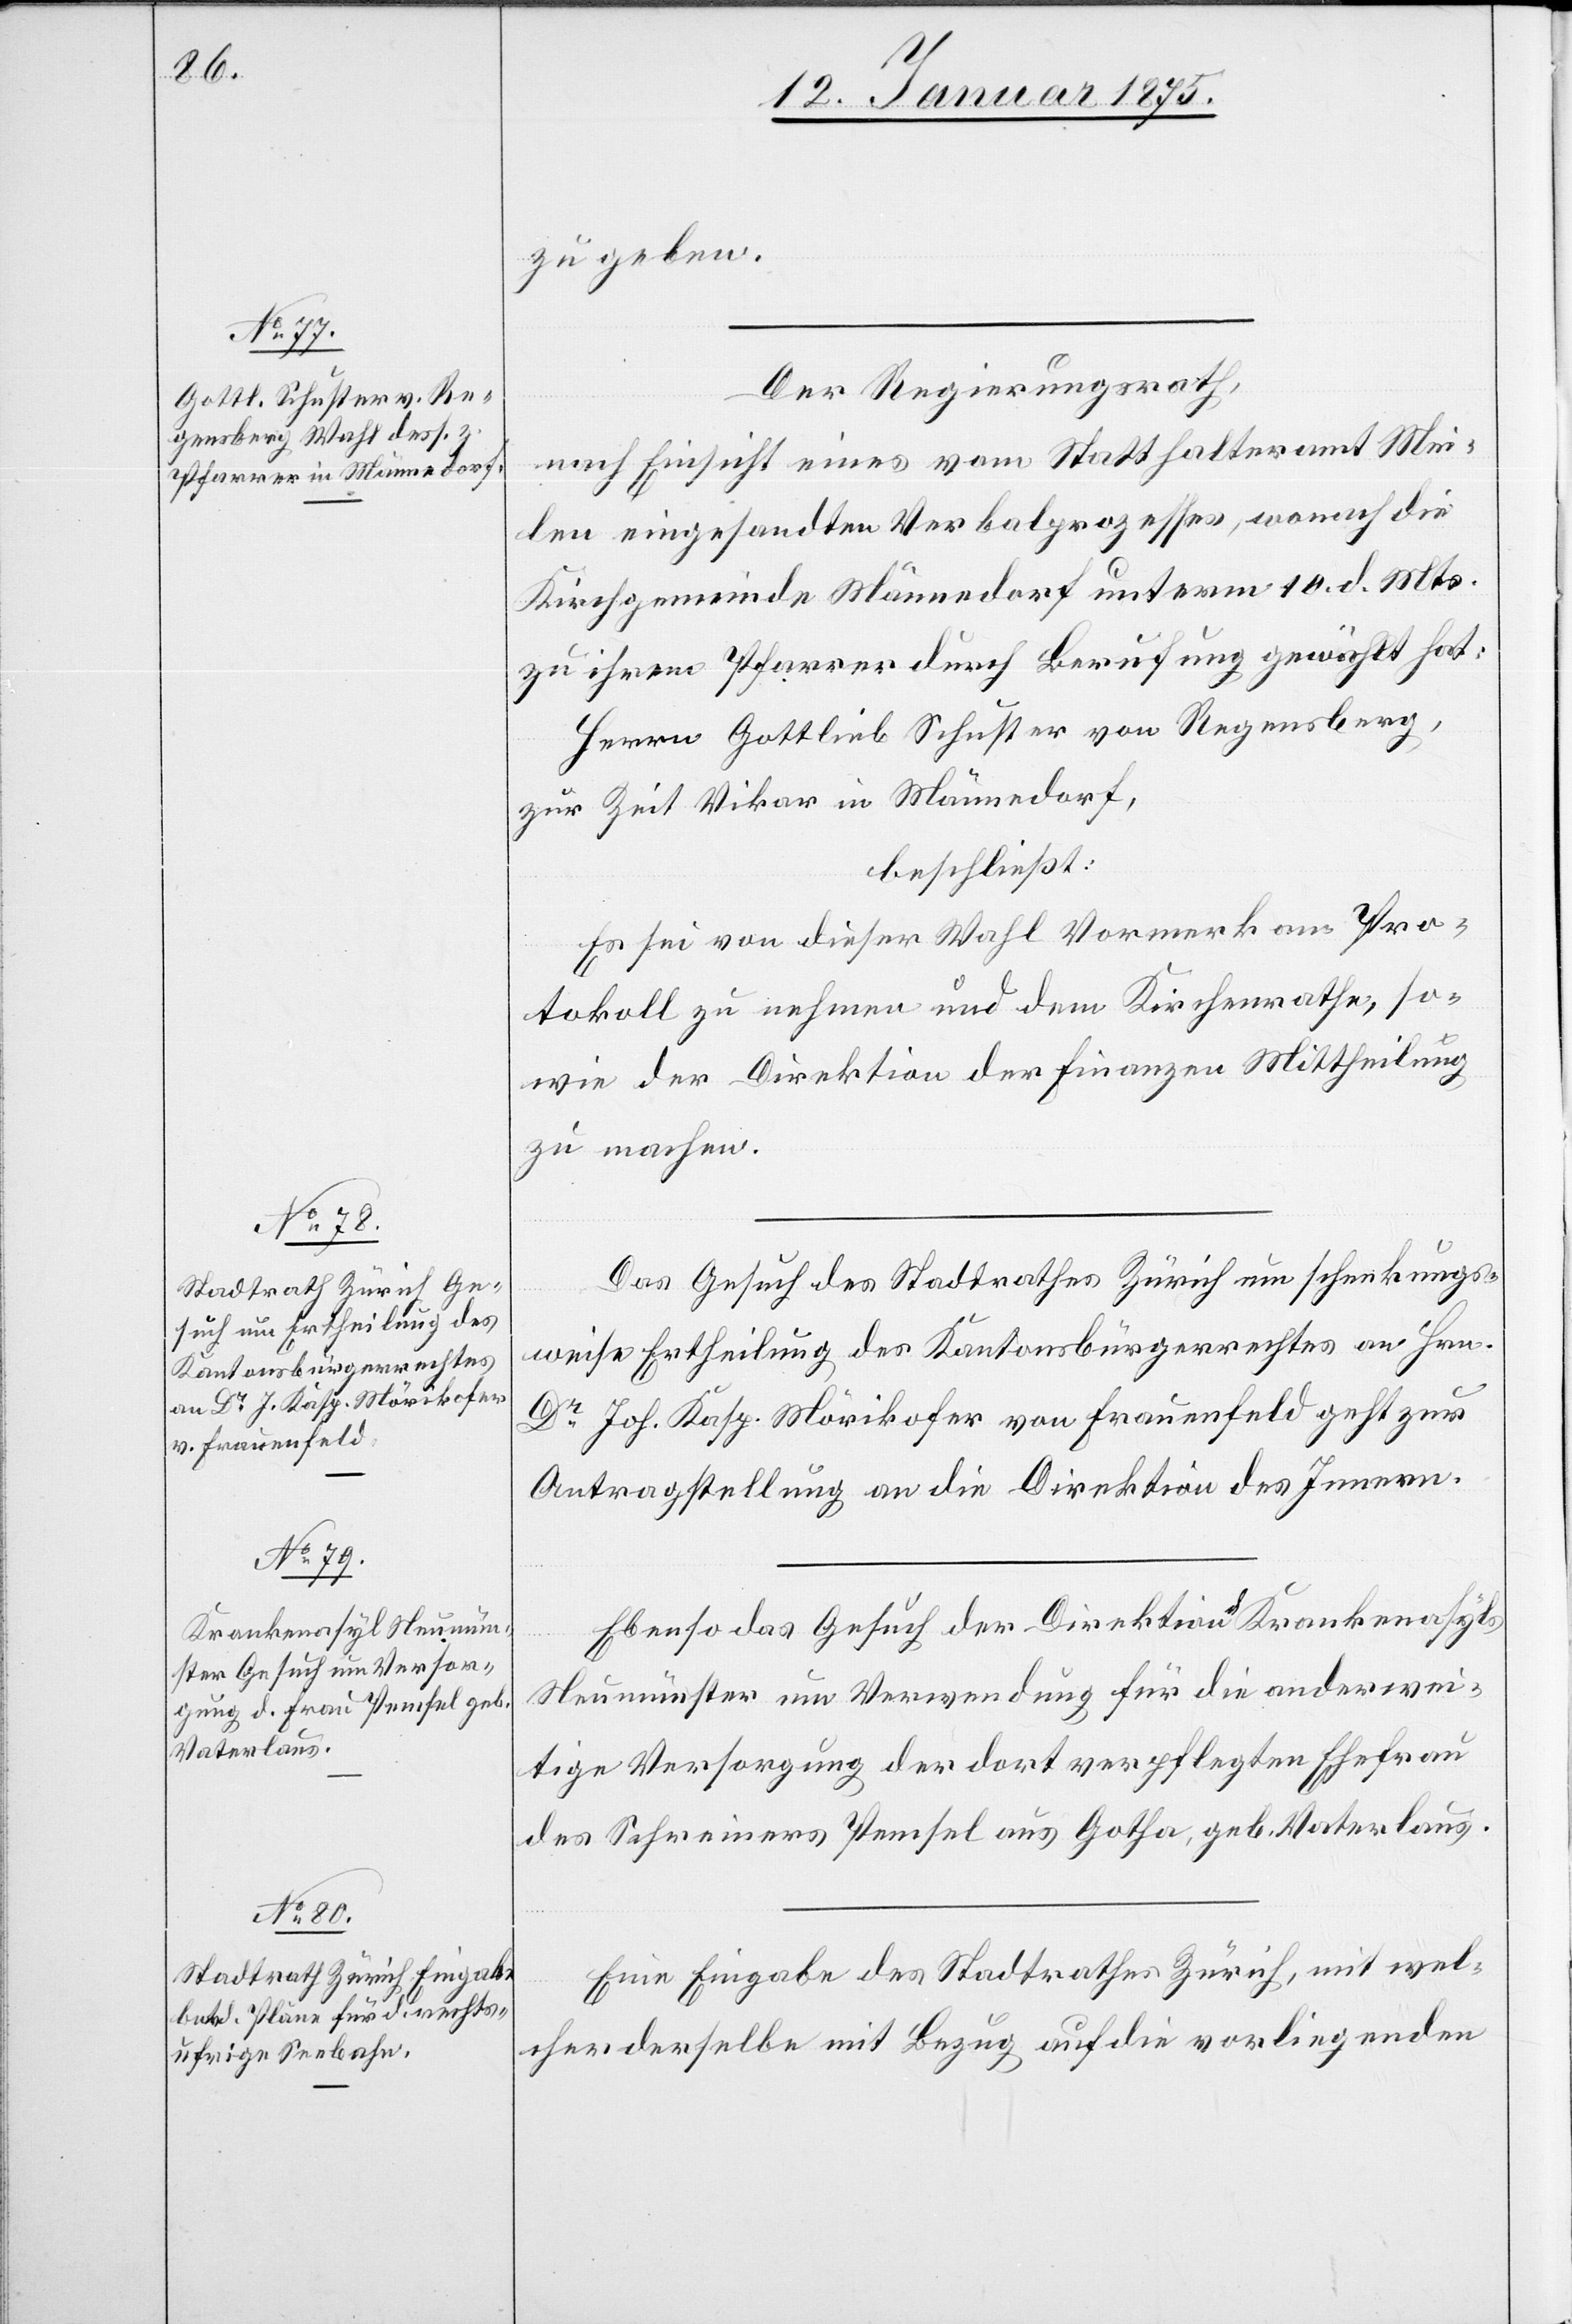
14. Januar 1875]
zu geben.
Der Regierungsrath,
nach Einsicht eines vom Statthalteramt Mei¬
len eingesandten Verbalprozesses, wonach die
Kirchgemeinde Männedorf unterm 10. d. Mts.
zu ihrem Pfarrer durch Berufung gewählt hat:
Herrn Gottlieb Schuster von Regensberg,
zur Zeit Vikar in Männedorf,
beschließt:
Es sei von dieser Wahl Vormerk am Pro¬
tokoll zu nehmen und dem Kirchenrathe, so¬
wie der Direktion der Finanzen Mittheilung
zu machen.
Das Gesuch des Stadtrathes Zürich um schenkungs¬
weise Ertheilung des Kantonsbürgerrechtes an Hrn.
Dr Joh. Kasp. Mörikhofer von Frauenfeld geht zur
Antragstellung an die Direktion des Innern.
Ebenso das Gesuch der Direktion d. Krankenasyls
Neumünster um Verwendung für die anderwei¬
tige Versorgung der dort verpflegten Ehefrau
des Sahreiners Pemsel aus Gotha, geb. Vaterlaus.
Eine Eingabe des Stadtrathes Zürich, mit wel¬
cher derselbe mit Bezug auf die vorliegenden